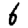
Digit: 6